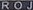
ROJ